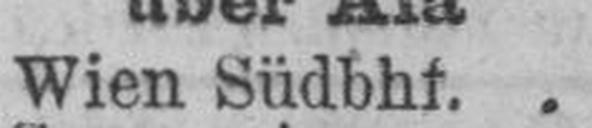
Wien Südbhf.